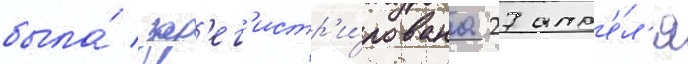
была́ зар'ег'истр'и́рована 27 апр'е́л'я